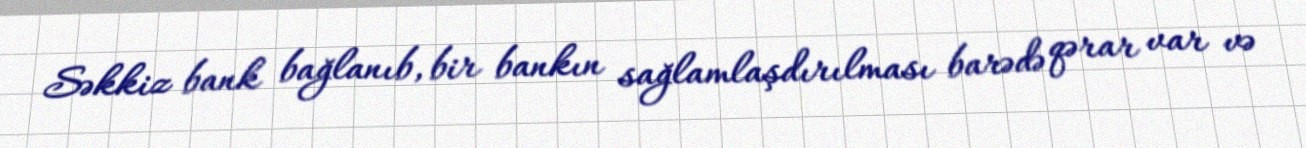
Səkkiz bank bağlanıb, bir bankın sağlamlaşdırılması barədə qərar var və